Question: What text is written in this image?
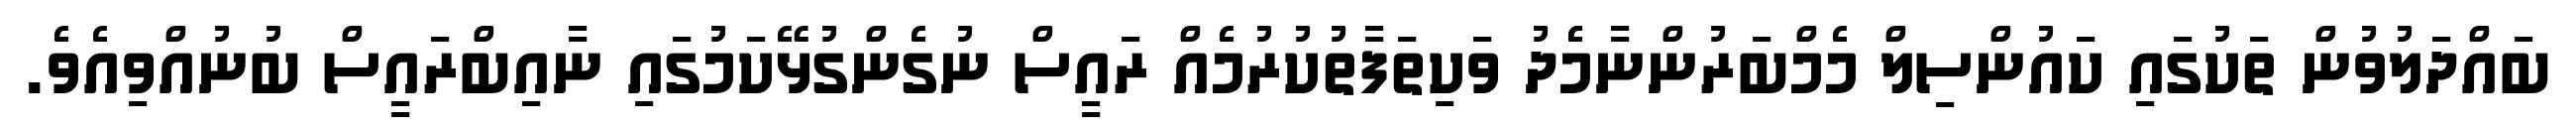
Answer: ބައްދަލުވުން ތަކުގައި ކައުންސިލް މެމްބަރުންނާމެެދު ވަކިތަފާތުކުރުމެއް ރައީސް ނުގެންގުޅޭކަމުގައި ނާއިބްރައީސް ބުނުއްވިއެވެ.